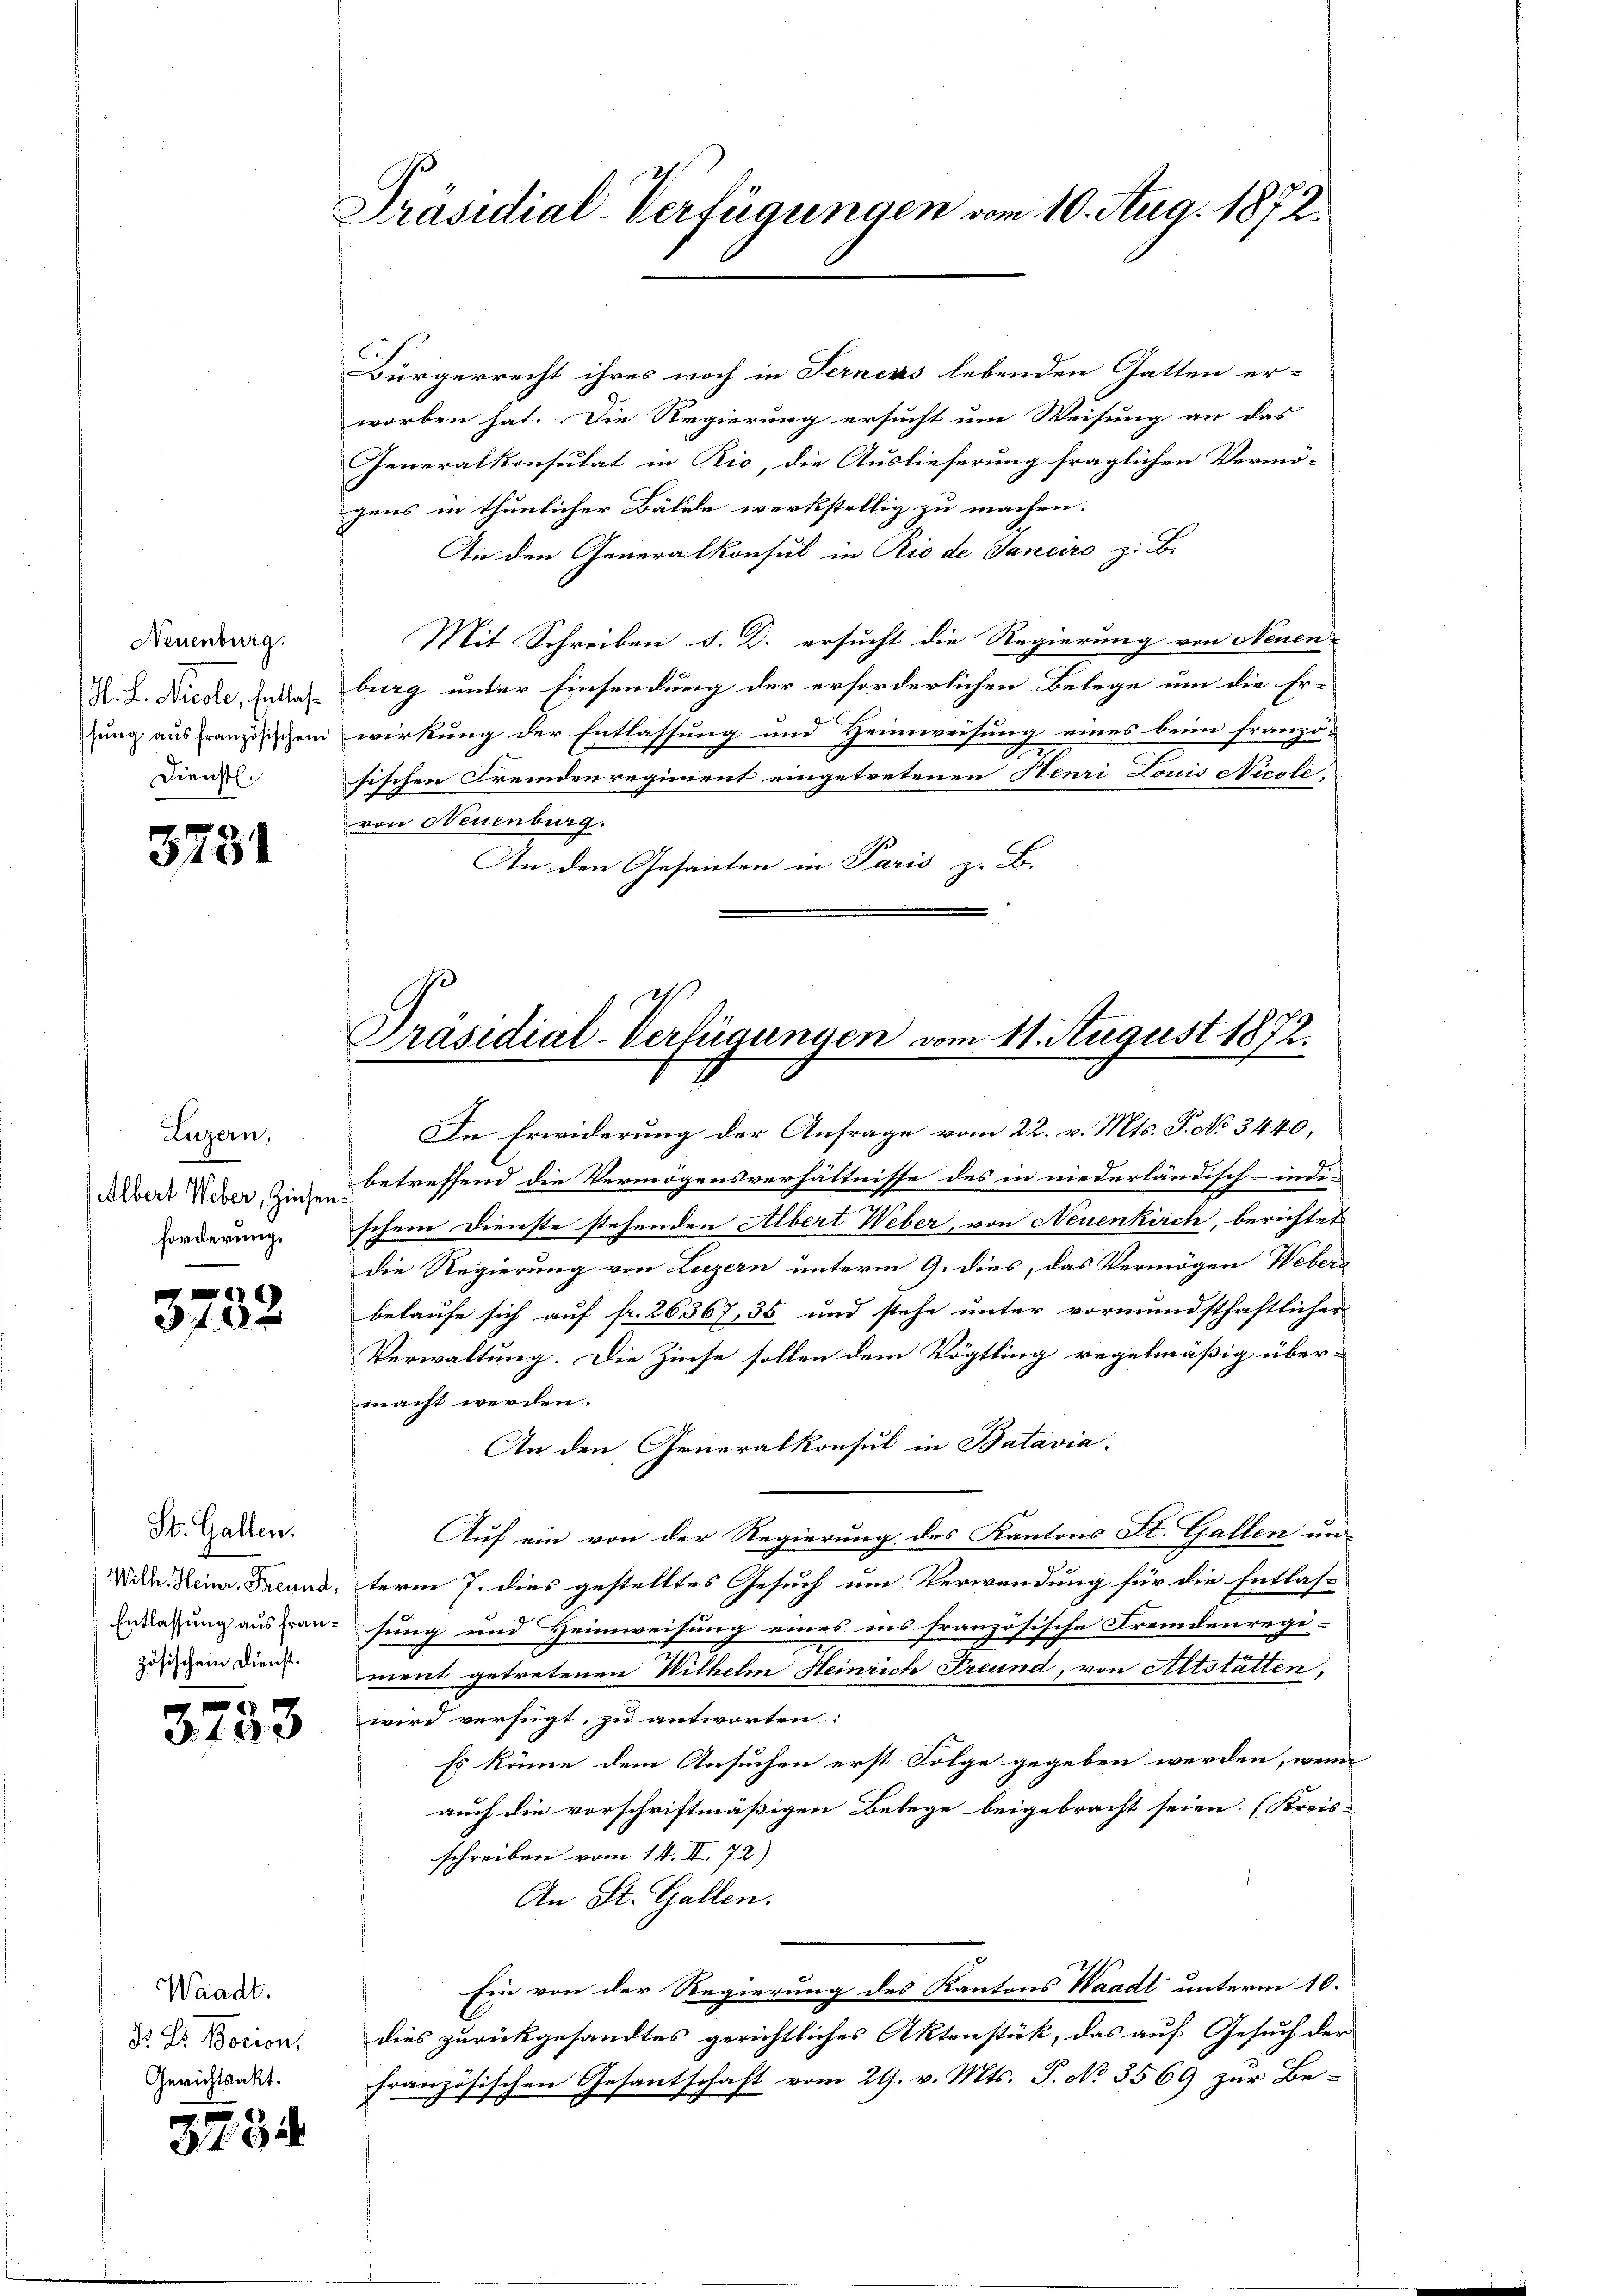
Neuenbwig.
M. L. Nicole, Entlasssung aus französischen
Dienst.

3731

Luzern,
Albert Weber, Zinsen
forderung,

3732

St. Gallen.
Wilh. Heinr. Freund,
Entlassung aus fran¬

3733

Waadt,
d. Er Bocion,
Gerichtsakt.

.
34

Präsidial-Verfügungen vom 10. Aug. 1872.

Bürgerrecht ihres noch in Ferners lebenden Gatten er-
worben hat. Die Regierung ersucht um Weisung an das
Generalkonsulat in Rio, die Auslieferung fraglichen Vermögens in thunlicher Bälde werkstellig zu machen.
An den Generalkonsul in Rio de Janeiro z. B.
Mit Schreiben S. D. ersucht die Regierung von Neuen
burg under Einsendung der erforderlichen Belege um die Er-
wirkung der Entlassung und Heimweisung eines beim franzö-
sischen Fremdenregiment eingetretenen Henri Louis Nicole,
von Neuenburg.
An den Gesanten in Paris z. B.

Präsidial-Verfügungen vom 11. August 1872.

In Erwiderung der Anfrage vom 22. v. Mts. S. No 3440,
betreffend die Vermögensverhältnisse des in niederländisch-indischem Dienste stehenden Albert Weber, von Neuenkirch, berichtet
die Regierung von Luzern unterm 9. dies, das Vermögen Webers
belaufe sich auf fr. 26367, 35 und stehe unter vormundsthaftlicher
Verwaltung. Die Zinse sollen dem Vögtling regelmäßig über-
macht werden.
An den Generalkonsul in Batavia.
Auf ein von der Regierung des Kantons St. Gallen un-
term 7. dies gestelltes Gesuch um Verwendung für die Entlas-
sung und Heimweisung eines ins französische Fremdenregi-
igem Diens ment getretenen Wilhelm Heinrich Freund, von Altstatten,
wird verfügt, zu antworten:
Es könne dem Ansuchen erst Folge gegeben werden, wenn
auch die vorschriftmäßigen Belege beigebracht seien. (Kreis-
schreiben vom 14. II. 72)
An St. Gallen.
Ein von der Regierung des Kantons Waadt unterm 10.
dies zurückgesandtes gerichtliches Aktenstück, das auf Gesuch der
französischen Gesantschaft vom 29. v. Mts. S. No 3569 zur Be-